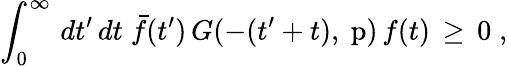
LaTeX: \int_{0}^{\infty}\, dt^{\prime}\, dt\; \bar{f}(t^{\prime})\, G(-(t^{\prime}+t),\mathrm{\mathbf~p})\, f(t)\, \ge\, 0\; ,